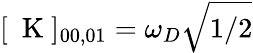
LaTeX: [\mathrm{~\mathbf~K~}]_{00,01}=\omega_{D}\sqrt{1/2}